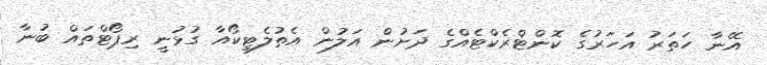
އޭނާ ހަތަރު އަހަރުގެ ކޮންޓްރެކްޓެއްގެ ދަށުން އަލުން އެތުލެޓިކޯއާ ގުޅުނީ ރިޕޯޓްތައް ބުނާ